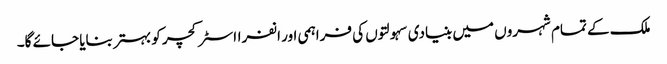
ملک کے تمام شہروں میں بنیادی سہولتوں کی فراہمی اور انفرااسٹرکچر کو بہتر بنایا جائے گا۔